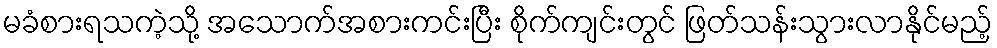
မခံစားရသကဲ့သို့ အသောက်အစားကင်းပြီး စိုက်ကျင်းတွင် ဖြတ်သန်းသွားလာနိုင်မည့်